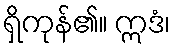
ရှိကုန်၏။ ဣဒံ၊